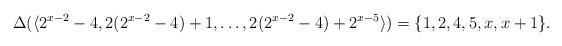
LaTeX: \begin{align*}\Delta(\langle 2^{x-2}-4,2(2^{x-2}-4)+1,\ldots,2(2^{x-2}-4)+2^{x-5} \rangle) = \{1,2,4,5,x,x+1\}.\end{align*}